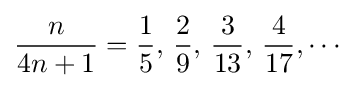
{n \over 4n+1}={1 \over 5},\,{2 \over 9},\,{3 \over 13},\,{4 \over 17},\cdots